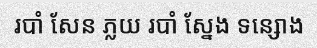
របាំ សែន ភ្លយ របាំ ស្នែង ទន្សោង